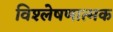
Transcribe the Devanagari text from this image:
विश्‍लेषणात्‍मक